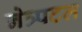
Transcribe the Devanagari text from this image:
नेत्र्पटल